Lock hospitals Punjab
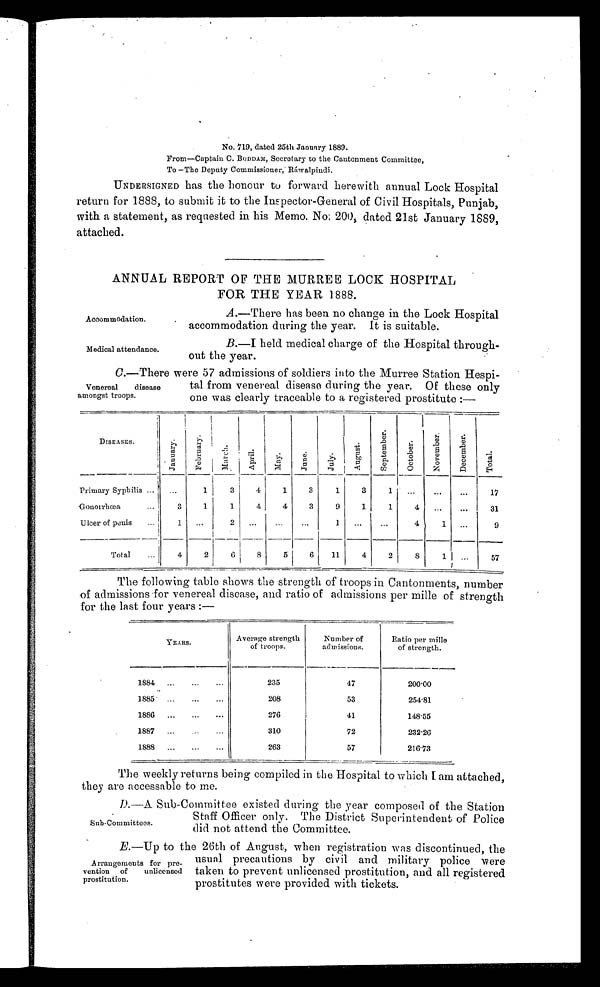
Accommodation.
Medical attendance.
No. 719, dated 25th January 1889.
From—Captain C. BODDAM, Secretary to the Cantonment Committee,
To —The Deputy Commissioner, - Ráwalpindi.
UNDERSIGNED has the honour to forward herewith annual Lock Hospital
return for 1888, to submit it to the Inspector-General of Civil Hospitals, Punjab,
with a statement, as requested in his Memo. No; 200, dated 21st January 1889,
attached.
ANNUAL REPORT OF THE MURREE LOCK HOSPITAL
FOR THE YEAR 1888.
A.—There has been no change in the Lock Hospital
accommodation during the year. It is suitable.
B.—I held medical charge of the Hospital through-
out the year.
C.—There were 57 admissions of soldiers into the Murree Station Hospi
-tal from venereal disease during the year. Of these only
one was clearly traceable to a registered prostitute :—
DISEASES.
1
J a n u a r y .
F e b r u a r y .
M a r c h .
A p r i l .
M a y .
J u n e .
J u l y .
A u g u s t .
S e p t e m b e r .
O c t o b e r .
N o v e m b e r .
D e c e m b e r .
T o t a l .
Primary Syphilis ...
...
1
3
4
1
3
1
3 ...
. . .
. . .
. . .
17
Gonorrhœa
1
1
4
4
3
9
1
1
4
. . .
. . .
31
Ulcer of penis
...
1 ...
2 ...
...
. . .
1
. . .
...
4
1 ...
9
Total
...
4
2
6
8
5
6
11
4
2
8
1
...
57
The following table shows the strength of troops in Cantonments, number
of admissions for venereal disease, and ratio of admissions per mille of strength
for the last four years :—
YEARS
Average strength
of troops.
Number of
admissions.
Ratio per millle
of strength.
1884 ...
...
...
235
47
200.00
1885
...
...
208
53
254.81
1886 ...
...
. . .
276
41
148.55
1887 ...
...
. . .
310
72
232.26
1888 ...
...
. . .
263
57
216.73
The weekly returns being compiled in the Hospital to which I am attached,
they are accessable to me.
D. —A Sub-Committee existed during the year composed of the Station
Staff Officer only. The District Superintendent of Police
did not attend the Committee.
E. —Up to the 26th of August, when registration was discontinued, the
usual precautions by civil and military police were
taken to prevent unlicensed prostitution, and all registered
prostitutes were provided with tickets.
Venereal
disease
amongst troops.
Sub-Committees.
Arrangements for pre-
vention of unlicensed
prostitution.